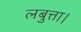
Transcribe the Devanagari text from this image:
लबुत्ता।